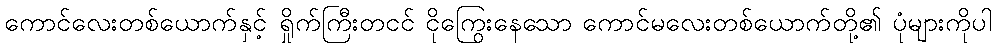
ကောင်လေးတစ်ယောက်နှင့် ရှိုက်ကြီးတငင် ငိုကြွေးနေသော ကောင်မလေးတစ်ယောက်တို့၏ ပုံများကိုပါ